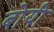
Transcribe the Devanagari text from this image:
बोयी